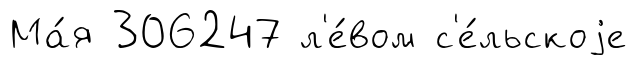
Ма́я 306247 л'е́вом с'е́льскоjе